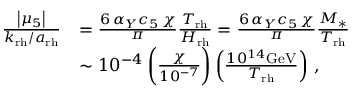
\begin{array} { r l } { \frac { \left| \mu _ { 5 } \right| } { k _ { \mathrm { r h } } / a _ { \mathrm { r h } } } } & { = \frac { 6 \, \alpha _ { Y } c _ { 5 } \, \chi } { \pi } \frac { T _ { \mathrm { r h } } } { H _ { \mathrm { r h } } } = \frac { 6 \, \alpha _ { Y } c _ { 5 } \, \chi } { \pi } \frac { M _ { * } } { T _ { \mathrm { r h } } } } \\ & { \sim 1 0 ^ { - 4 } \: \bigg ( \frac { \chi } { 1 0 ^ { - 7 } } \bigg ) \left( \frac { 1 0 ^ { 1 4 } \mathrm { G e V } } { T _ { \mathrm { r h } } } \right) \, , } \end{array}